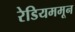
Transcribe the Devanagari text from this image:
रेडियममून